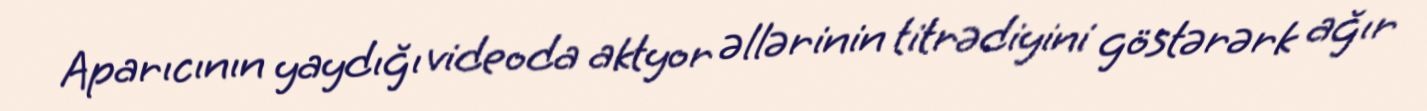
Aparıcının yaydığı videoda aktyor əllərinin titrədiyini göstərərk ağır